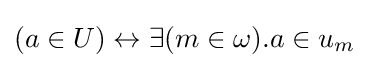
(a\in U)\leftrightarrow \exists (m\in \omega ).a\in u_{m}